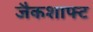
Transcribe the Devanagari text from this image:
जैकशाफ्ट